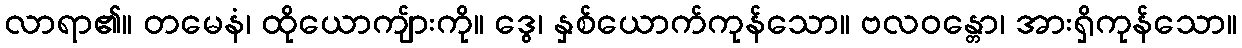
လာရာ၏။ တမေနံ၊ ထိုယောကျ်ားကို။ ဒွေ၊ နှစ်ယောက်ကုန်သော။ ဗလဝန္တော၊ အားရှိကုန်သော။